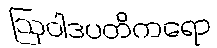
ဩဝါဒပတိကရော